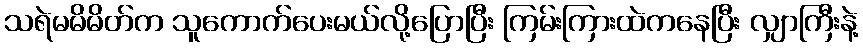
သရဲမမိမိတ်က သူကောက်ပေးမယ်လို့ပြောပြီး ကြမ်းကြားထဲကနေပြီး လျှာကြီးနဲ့